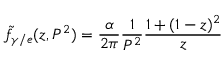
\tilde { f } _ { \gamma / e } ( z , P ^ { 2 } ) = \frac { \alpha } { 2 \pi } \frac { 1 } { P ^ { 2 } } \frac { 1 + ( 1 - z ) ^ { 2 } } { z }